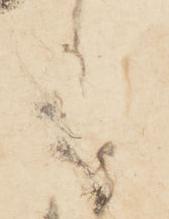
共